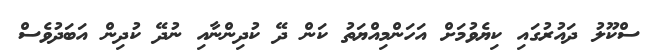
ސްކޫލު ދައުރުގައި ކިޔެވުމަށް އަހަންމިއްޔަތު ކަން ދޭ ކުދިންނާއި ނުދޭ ކުދިން އަބަދުވެސް